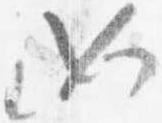
如